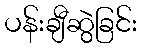
ပန်းချီဆွဲခြင်း